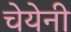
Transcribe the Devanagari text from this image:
चेयेनी